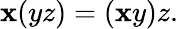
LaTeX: \mathbf{x}(yz)=(\mathbf{x}y)z.